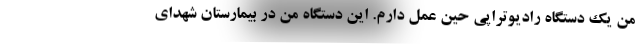
من یک دستگاه رادیوتراپی حین عمل دارم. این دستگاه من در بیمارستان شهدای